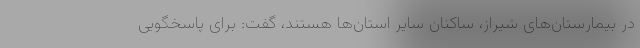
در بیمارستان‌های شیراز، ساکنان سایر استان‌ها هستند، گفت: برای پاسخگویی